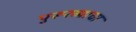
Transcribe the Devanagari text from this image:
पुरूरव्याचा